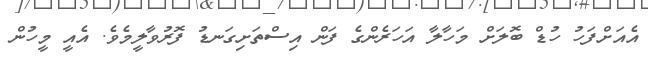
އެއަށްފަހު ހުޑް ބޮލަށް މަހާލާ އަހަރެންގެ ފަން އިސްތަށިގަނޑު ފޮރުވާލީމެވެ. އެއީ މީހުން